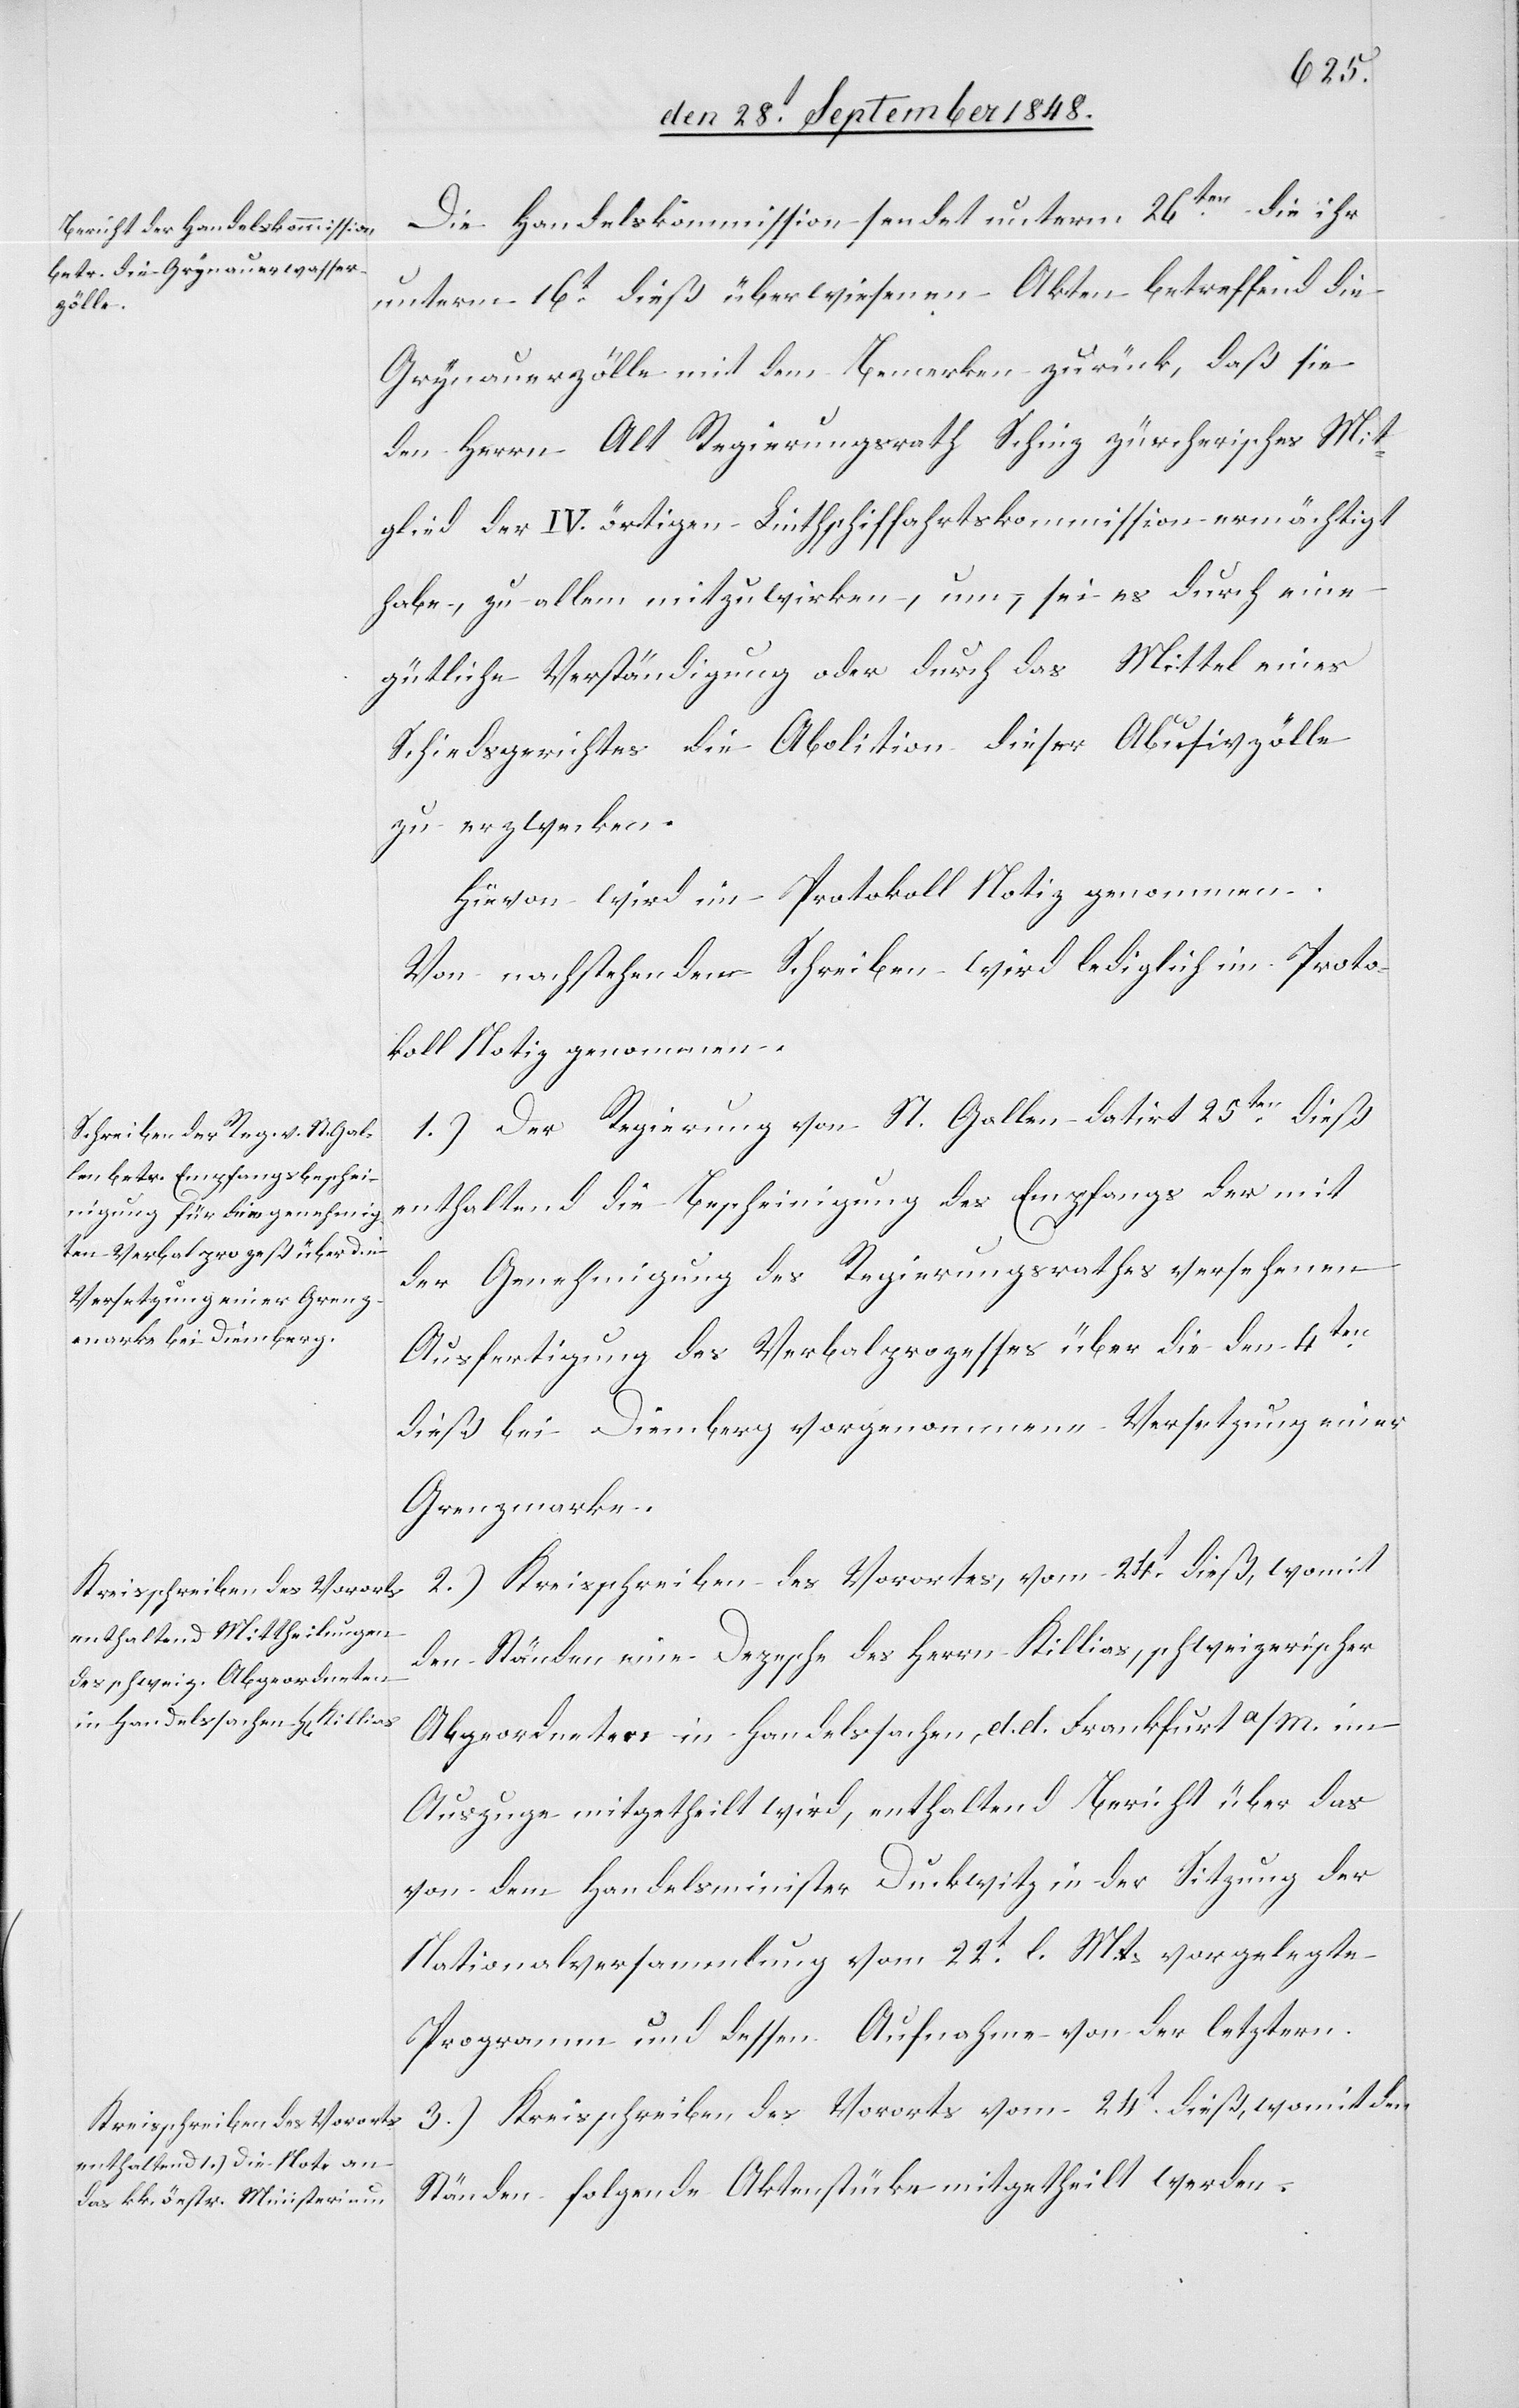
Die Handelskommission sendet unterm 26ten die ihr
unterm 16t dieß überwiesenen Akten betreffend die
Grynauerzölle mit dem Bemerken zurück, daß sie
den Herrn Alt Regierungsrath Schinz zürcherisches Mit¬
glied der IV. örtigen Linthschiffahrtskommission ermächtigt
habe, zu allem mitzuwirken, um, sei es durch eine
gütliche Verständigung oder durch das Mittel eines
Schiedsgerichtes die Abolition dieser Abusivzölle
zu erzwecken.
Hievon wird im Protokoll Notiz genommen.
Von nachstehenden Schreiben wird lediglich im Proto¬
koll Notiz genommen.
1.) Der Regierung von St. Gallen datirt 25ten dieß
enthaltend die Bescheinigung des Empfangs der mit
der Genehmigung des Regierungsrathes versehenen
Ausfertigung des Verbalprozesses über die den 4ten
dieß bei Diemberg vorgenommene Versetzung einer
Grenzmarke.
2.) Kreisschreiben des Vorortes, vom 24t dieß, womit
den Ständen eine Depesche des Herrn Killias, schweizerischer
Abgeordneten in Handelssachen, d. d. Frankfurt a/M. im
Auszuge mitgetheilt wird, enthaltend Bericht über das
von dem Handelsminister Duckwitz in der Sitzung der
Nationalversammlung vom 22t l. Mts. vorgelegte
Programm und dessen Aufnahme von der letztern.
3.) Kreisschreiben des Vororts zum 24t dieß, womit den
Ständen folgende Aktenstücke mitgetheilt werden.